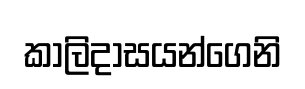
කාලිදාසයන්ගෙනි